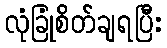
လုံခြုံစိတ်ချရပြီး